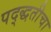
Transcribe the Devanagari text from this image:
पद्द्धतीचा